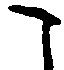
こ